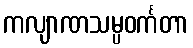
ကလျာဏသမ္ပဝင်္ကတာ